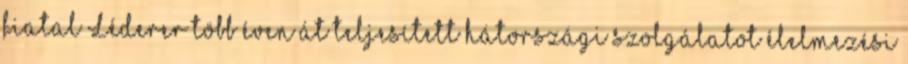
fiatal Léderer több éven át teljesített hátországi szolgálatot élelmezési